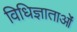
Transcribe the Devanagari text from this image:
विधिज्ञाताओं